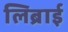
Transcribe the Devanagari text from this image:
लिब्राई